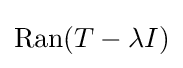
\mathrm {Ran} (T-\lambda I)